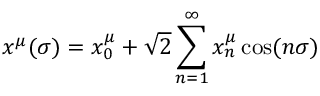
x ^ { \mu } ( \sigma ) = x _ { 0 } ^ { \mu } + \sqrt { 2 } \sum _ { n = 1 } ^ { \infty } x _ { n } ^ { \mu } \cos ( n \sigma )